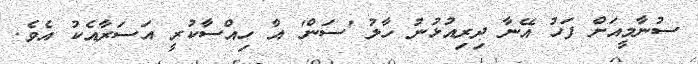
ސުނާމީއަށް ފަހު އޭނާ ދިރިއުޅުނު ހާލު 'ސަން' އާ ހިއްސާކުރީ އަސަރާއެކު އެވެ.